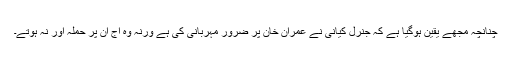
چنانچہ مجھے یقین ہوگیا ہے کہ جنرل کیانی نے عمران خان پر ضرور مہربانی کی ہے ورنہ وہ آج ان پر حملہ آور نہ ہوتے۔